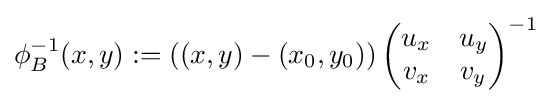
\phi _{B}^{-1}(x,y):=\left((x,y)-(x_{0},y_{0})\right){\begin{pmatrix}u_{x}&u_{y}\\v_{x}&v_{y}\end{pmatrix}}^{-1}